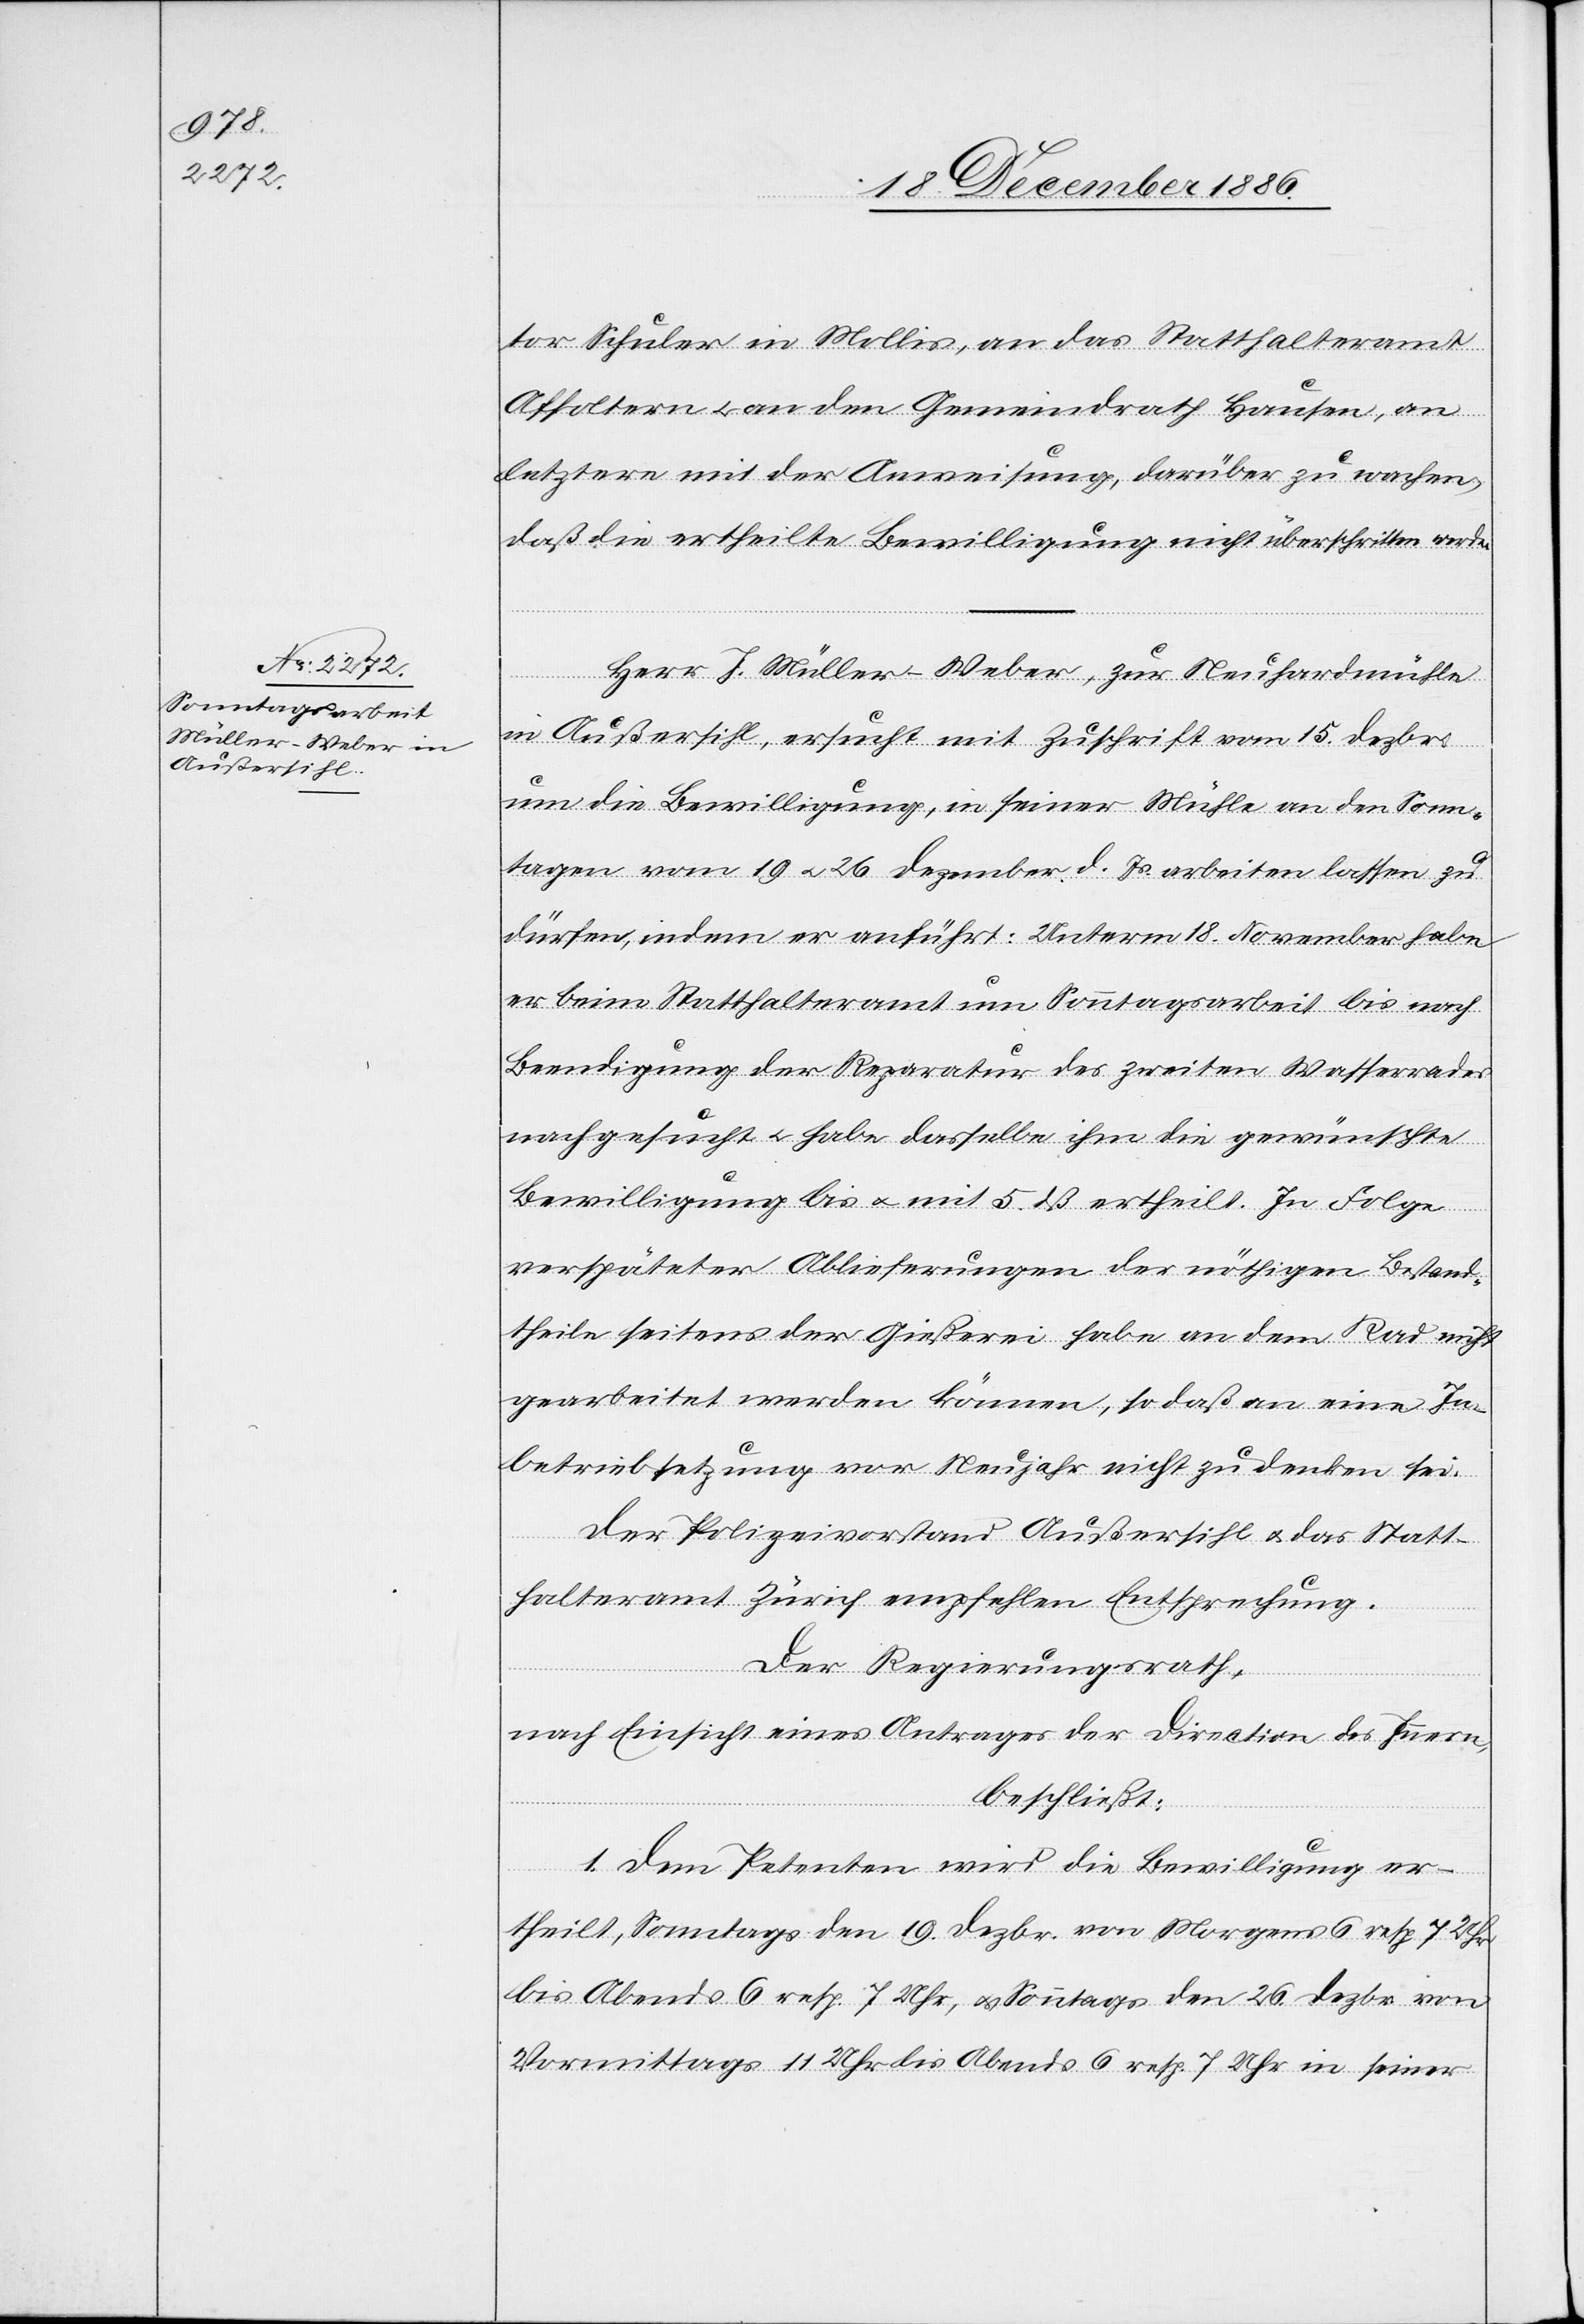
tor Schuler in Mollis, an das Statthalteramt
Affoltern & an den Gemeindrath Hausen, an
letztere mit der Anweisung, darüber zu wachen,
daß die ertheilte Bewilligung nicht überschritten werde.
Herr J. Müller-Weber, zur Neuhardmühle
in Außersihl, ersucht mit Zuschrift vom 15. Dezbr.
um die Bewilligung, in seiner Mühle an den Sonn¬
tagen vom 19 & 26 Dezember d. Js. arbeiten lassen zu
dürfen, indem er anführt: Unterm 18. November habe
er beim Statthalteramt um Sonntagsarbeit bis nach
Beendigung der Reparatur des zweiten Wasserrades
nachgesucht & habe dasselbe ihm die gewünschte
Bewilligung bis & mit 5. dß ertheilt. In Folge
verspäteter Ablieferungen der nöthigen Bestand¬
theile seitens der Gießerei habe an dem Rad nicht
gearbeitet werden können, so daß an eine In¬
betriebsetzung vor Neujahr nicht zu denken sei.
Der Polizeivorstand Außersihl & das Statt¬
halteramt Zürich empfehlen Entsprechung.
Der Regierungsrath,
nach Einsicht eines Antrages der Direction des Innern,
beschließt:
1. Dem Petenten wird die Bewilligung er¬
theilt, Sonntags den 19. Dezbr. von Morgens 6 resp. 7 Uhr
bis Abends 6 resp. 7 Uhr, & Sonntags den 26. Dezbr. von
Vormittags 11 Uhr bis Abends 6 resp. 7 Uhr in seiner